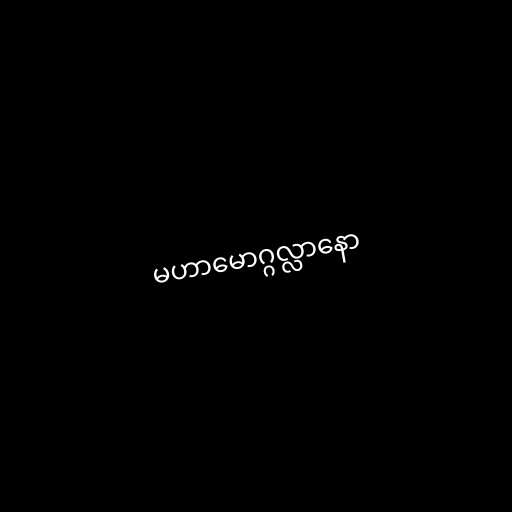
မဟာမောဂ္ဂလ္လာနော